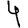
Digit: 4